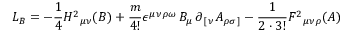
L _ { B } = - { \frac { 1 } { 4 } } H ^ { 2 } { } _ { \mu \nu } ( B ) + { \frac { m } { 4 ! } } \epsilon ^ { \mu \nu \rho \omega } \, B _ { \mu } \, \partial _ { \, [ \, \nu } A _ { \rho \sigma \, ] } - { \frac { 1 } { 2 \cdot 3 ! } } F ^ { 2 } { } _ { \mu \nu \rho } ( A )